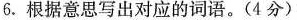
6.根据意思写出对应的词语。(4分)